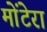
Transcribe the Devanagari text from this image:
मोंटेरा